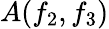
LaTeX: A(f_{2},f_{3})